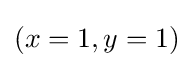
(x=1,y=1)